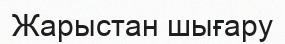
Жарыстан шығару